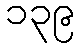
၁၃၉